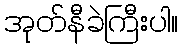
အုတ်နီခဲကြီးပါ။